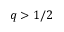
q > 1 / 2